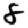
Digit: 8